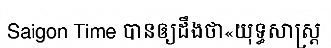
Saigon Time បានឲ្យដឹងថា«យុទ្ធសាស្ត្រ